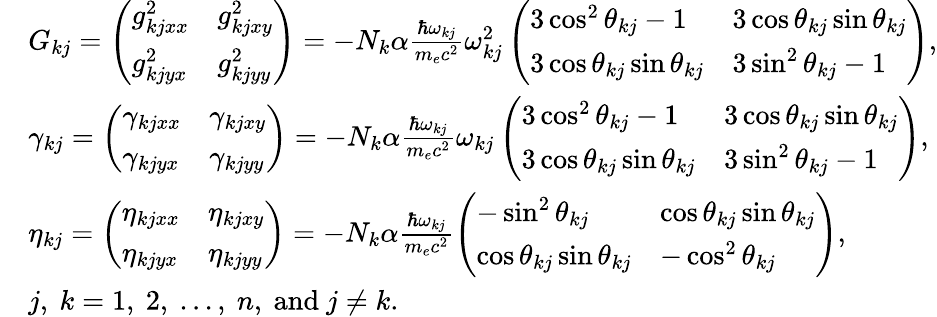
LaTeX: \begin{array}{rl}&{G_{kj}=\left(\begin{array}{ll}{g_{kjxx}^{2}}&{g_{kjxy}^{2}}\\ {g_{kjyx}^{2}}&{g_{kjyy}^{2}}\end{array}\right)=-N_{k}\alpha\frac{\hbar\omega_{kj}}{m_{e}c^{2}}\omega_{kj}^{2}\left(\begin{array}{ll}{3\cos^{2}\theta_{kj}-1}&{3\cos\theta_{kj}\sin\theta_{kj}}\\ {3\cos\theta_{kj}\sin\theta_{kj}}&{3\sin^{2}\theta_{kj}-1}\end{array}\right),}\\ &{\gamma_{kj}=\left(\begin{array}{ll}{\gamma_{kjxx}}&{\gamma_{kjxy}}\\ {\gamma_{kjyx}}&{\gamma_{kjyy}}\end{array}\right)=-N_{k}\alpha\frac{\hbar\omega_{kj}}{m_{e}c^{2}}\omega_{kj}\left(\begin{array}{ll}{3\cos^{2}\theta_{kj}-1}&{3\cos\theta_{kj}\sin\theta_{kj}}\\ {3\cos\theta_{kj}\sin\theta_{kj}}&{3\sin^{2}\theta_{kj}-1}\end{array}\right),}\\ &{\eta_{kj}=\left(\begin{array}{ll}{\eta_{kjxx}}&{\eta_{kjxy}}\\ {\eta_{kjyx}}&{\eta_{kjyy}}\end{array}\right)=-N_{k}\alpha\frac{\hbar\omega_{kj}}{m_{e}c^{2}}\left(\begin{array}{ll}{-\sin^{2}\theta_{kj}}&{\cos\theta_{kj}\sin\theta_{kj}}\\ {\cos\theta_{kj}\sin\theta_{kj}}&{-\cos^{2}\theta_{kj}}\end{array}\right),}\\ &{j,~k=1,~2,~...,~n,~\mathrm{and}~j\neq k.}\end{array}